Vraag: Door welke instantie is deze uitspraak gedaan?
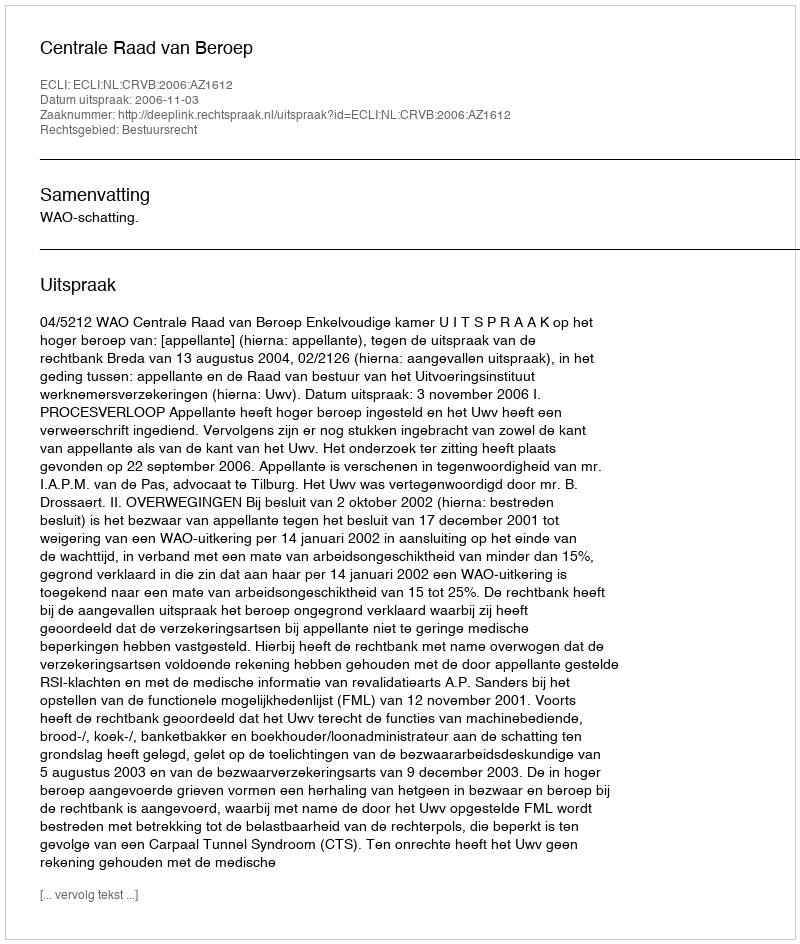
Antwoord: Centrale Raad van Beroep